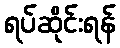
ရပ်ဆိုင်းရန်